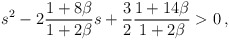
\begin{align*}s^2-2\frac{1+8\beta}{1+2\beta}s+\frac{3}{2}\frac{1+14\beta}{1+2\beta}>0\,,\end{align*}